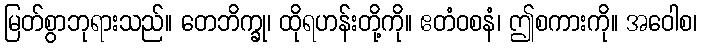
မြတ်စွာဘုရားသည်။ တေဘိက္ခု၊ ထိုရဟန်းတို့ကို။ ဧတံဝစနံ၊ ဤစကားကို။ အဝေါစ၊